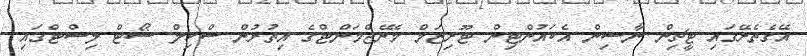
އޭގެތެރޭގައި ޓީޗިން ނާސިން އެކައުންޓިން ޓޫރިޒަމް މެނޭޖްމަންޓްގެ އިތުރުން ސްކިލް ޝޯޓް ލިސްޓްގައި